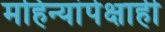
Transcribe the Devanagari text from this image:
महिन्यांपेक्षाही